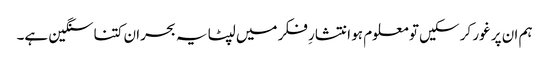
ہم ان پر غور کر سکیں تو معلوم ہو انتشارِ فکر میں لپٹا یہ بحران کتنا سنگین ہے۔